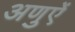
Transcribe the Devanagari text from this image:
अणुऐं